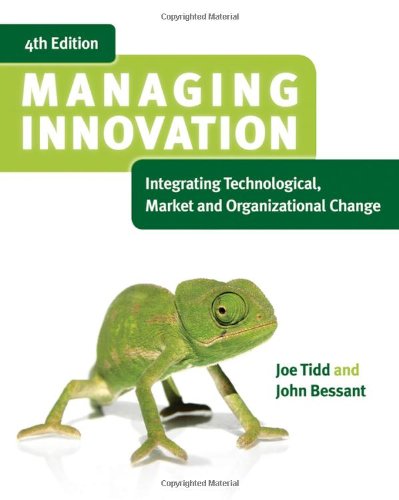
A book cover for Managing Innovation: Integrating Technological, Market and Organizational Change; Joe Tidd; Business & Money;